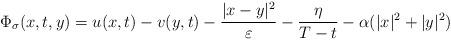
LaTeX: \begin{align*}\Phi _\sigma (x,t,y)=u(x,t)-v(y,t)-\frac{|x-y|^2}{\varepsilon}-\frac{\eta}{T-t}-\alpha (|x|^2+|y|^2)\end{align*}